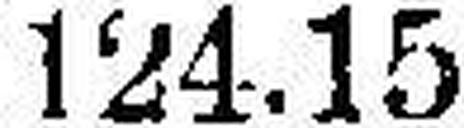
124.15